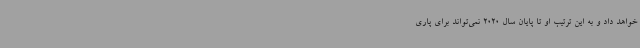
خواهد داد و به این ترتیب او تا پایان سال 2020 نمی‌تواند برای پاری